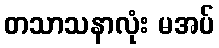
တသာသနာလုံး မအပ်